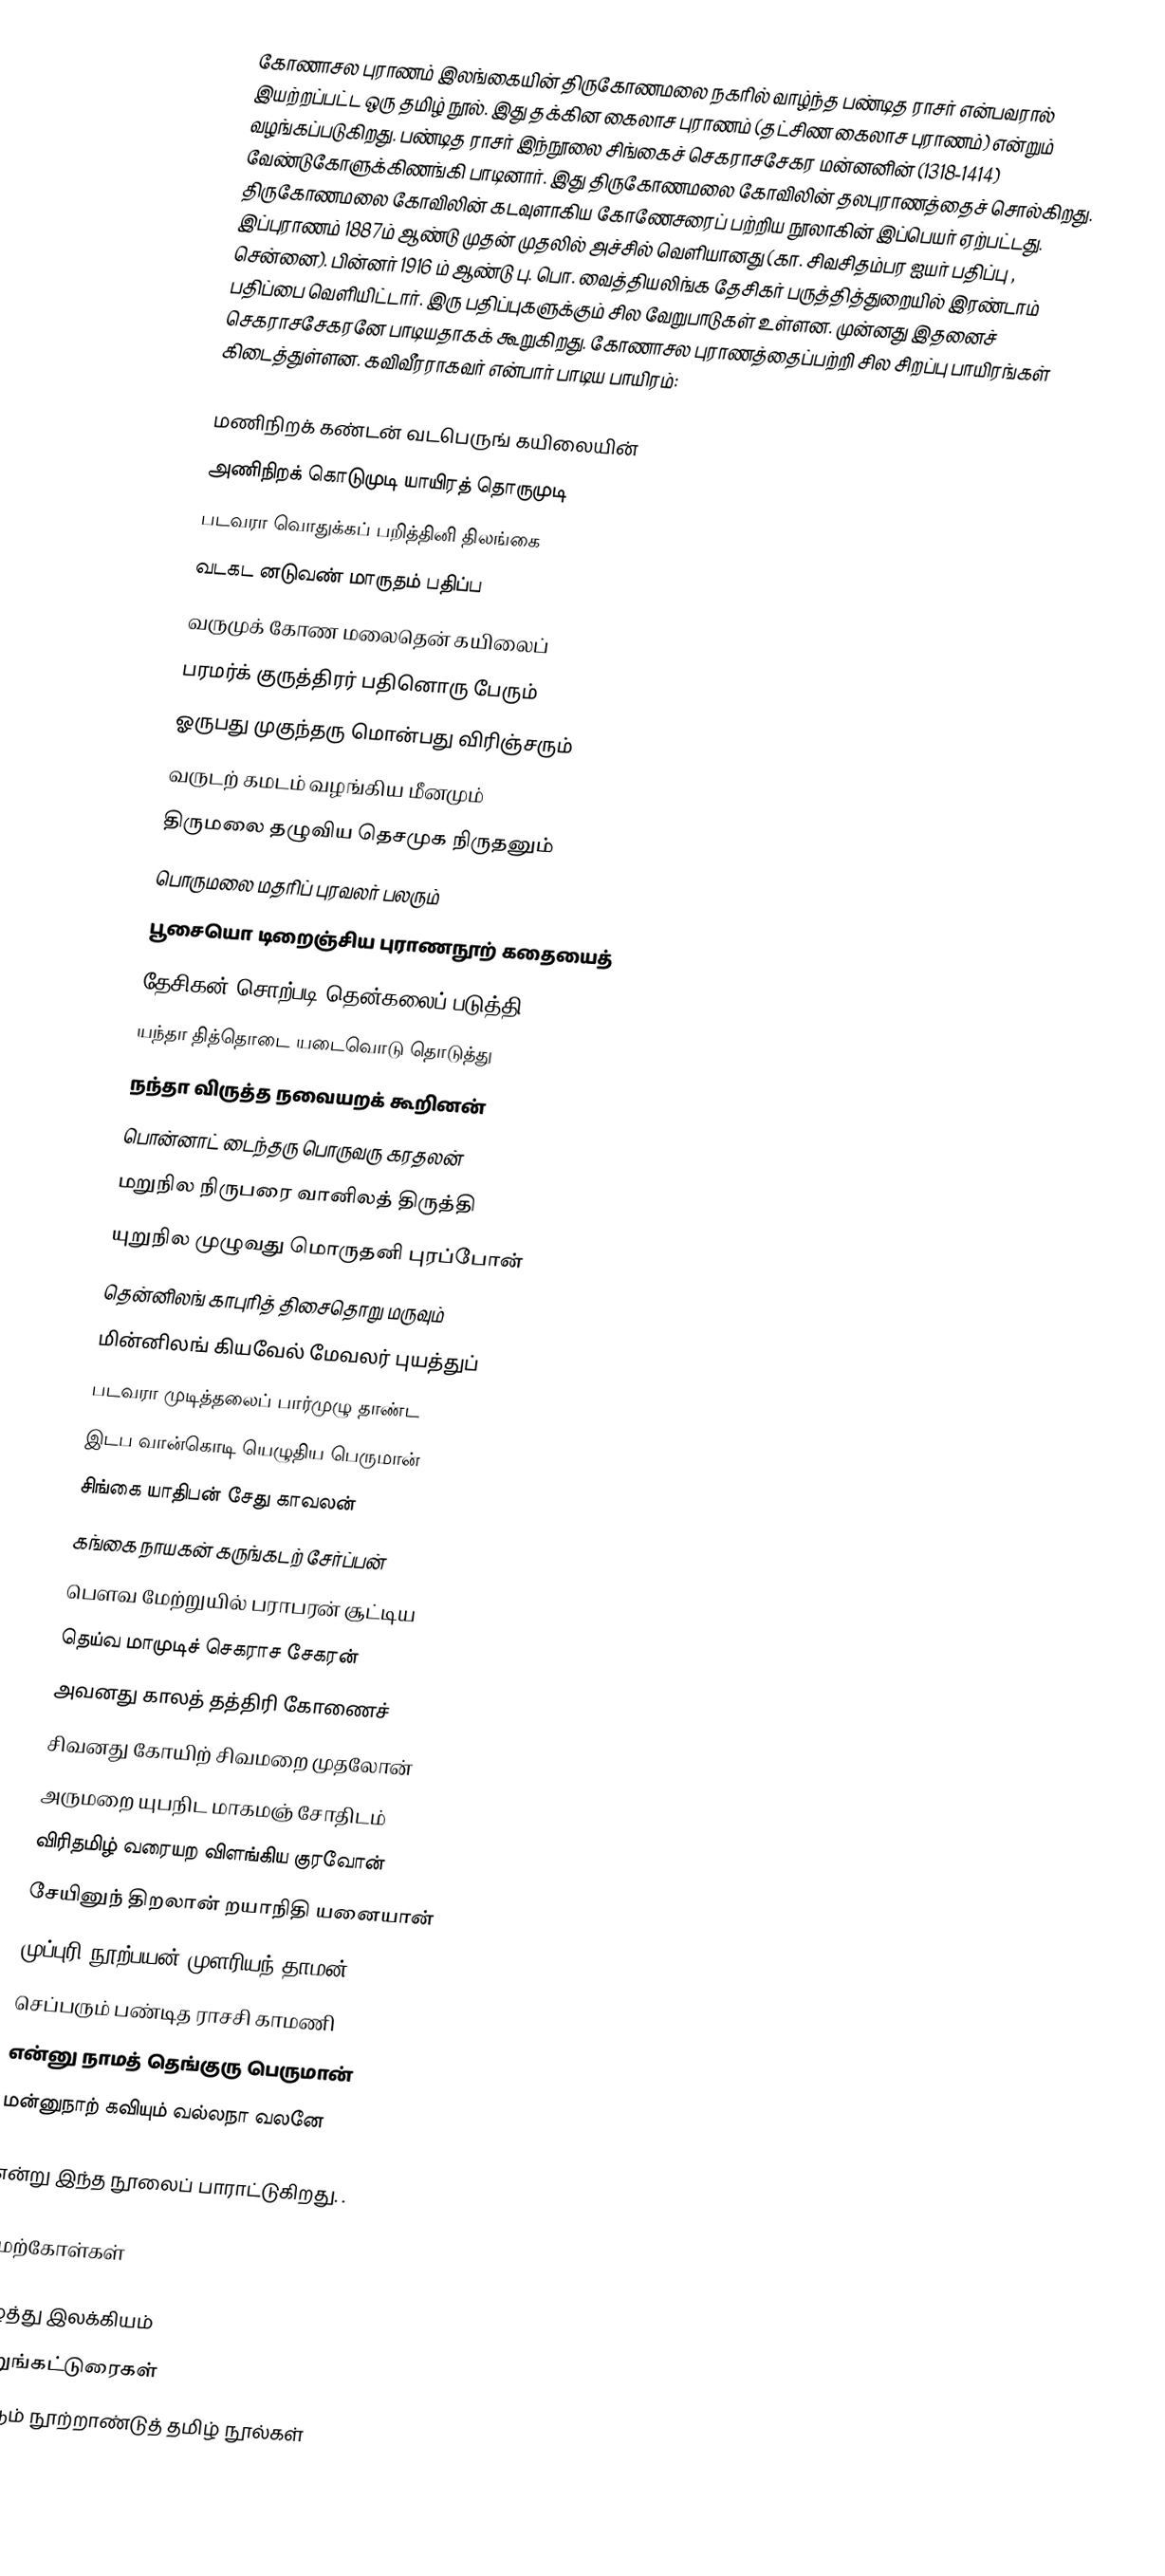
கோணாசல புராணம் இலங்கையின் திருகோணமலை நகரில் வாழ்ந்த பண்டித ராசர் என்பவரால் இயற்றப்பட்ட ஒரு தமிழ் நூல். இது தக்கின கைலாச புராணம் (தட்சிண கைலாச புராணம்) என்றும் வழங்கப்படுகிறது. பண்டித ராசர் இந்நூலை சிங்கைச் செகராசசேகர மன்னனின் (1318-1414) வேண்டுகோளுக்கிணங்கி பாடினார். இது திருகோணமலை கோவிலின் தலபுராணத்தைச் சொல்கிறது. திருகோணமலை கோவிலின் கடவுளாகிய கோணேசரைப் பற்றிய நூலாகின் இப்பெயர் ஏற்பட்டது. இப்புராணம் 1887ம் ஆண்டு முதன் முதலில் அச்சில் வெளியானது (கா. சிவசிதம்பர ஐயர் பதிப்பு , சென்னை). பின்னர் 1916 ம் ஆண்டு பு. பொ. வைத்தியலிங்க தேசிகர் பருத்தித்துறையில் இரண்டாம் பதிப்பை வெளியிட்டார். இரு பதிப்புகளுக்கும் சில வேறுபாடுகள் உள்ளன. முன்னது இதனைச் செகராசசேகரனே பாடியதாகக் கூறுகிறது. கோணாசல புராணத்தைப்பற்றி சில சிறப்பு பாயிரங்கள் கிடைத்துள்ளன. கவிவீரராகவர் என்பார் பாடிய பாயிரம்:

மணிநிறக் கண்டன் வடபெருங் கயிலையின்
அணிநிறக் கொடுமுடி யாயிரத் தொருமுடி
படவரா வொதுக்கப் பறித்தினி திலங்கை
வடகட னடுவண் மாருதம் பதிப்ப
வருமுக் கோண மலைதென் கயிலைப்
பரமர்க் குருத்திரர் பதினொரு பேரும்
ஓருபது முகுந்தரு மொன்பது விரிஞ்சரும்
வருடற் கமடம் வழங்கிய மீனமும்
திருமலை தழுவிய தெசமுக நிருதனும்
பொருமலை மதரிப் புரவலர் பலரும்
பூசையொ டிறைஞ்சிய புராணநூற் கதையைத்
தேசிகன் சொற்படி தென்கலைப் படுத்தி
யந்தா தித்தொடை யடைவொடு தொடுத்து
நந்தா விருத்த நவையறக் கூறினன்
பொன்னாட் டைந்தரு பொருவரு கரதலன்
மறுநில நிருபரை வானிலத் திருத்தி
யுறுநில முழுவது மொருதனி புரப்போன்
தென்னிலங் காபுரித் திசைதொறு மருவும்
மின்னிலங் கியவேல் மேவலர் புயத்துப்
படவரா முடித்தலைப் பார்முழு தாண்ட
இடப வான்கொடி யெழுதிய பெருமான்
சிங்கை யாதிபன் சேது காவலன்
கங்கை நாயகன் கருங்கடற் சேர்ப்பன்
பௌவ மேற்றுயில் பராபரன் சூட்டிய
தெய்வ மாமுடிச் செகராச சேகரன்
அவனது காலத் தத்திரி கோணைச்
சிவனது கோயிற் சிவமறை முதலோன்
அருமறை யுபநிட மாகமஞ் சோதிடம்
விரிதமிழ் வரையற விளங்கிய குரவோன்
சேயினுந் திறலான் றயாநிதி யனையான்
முப்புரி நூற்பயன் முளரியந் தாமன்
செப்பரும் பண்டித ராசசி காமணி
என்னு நாமத் தெங்குரு பெருமான்
மன்னுநாற் கவியும் வல்லநா வலனே

என்று இந்த நூலைப் பாராட்டுகிறது. .

மேற்கோள்கள்

ஈழத்து இலக்கியம்
குறுங்கட்டுரைகள்
14 ஆம் நூற்றாண்டுத் தமிழ் நூல்கள்